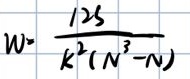
$W = \frac{125}{k^{2}(N^{3}-N)}$